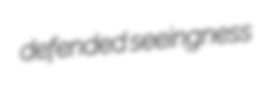
defended seeingness